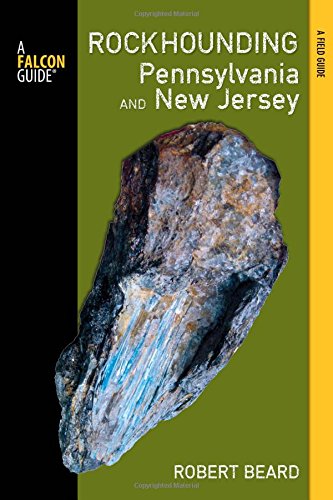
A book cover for Rockhounding Pennsylvania and New Jersey: A Guide To The States' Best Rockhounding Sites (Rockhounding Series); Robert Beard; Science & Math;